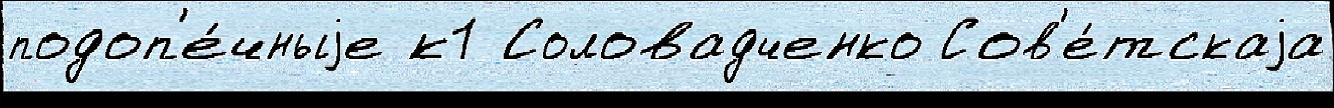
подоп'е́чныjе к1 Соловадченко Сов'е́тскаjа